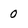
Character: 0